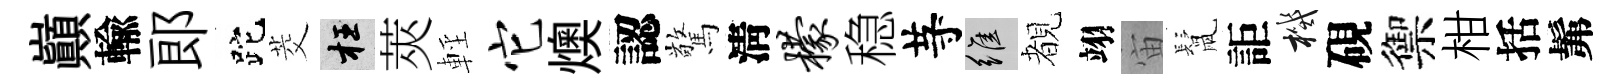
巔輸郎跎茭枉莢輕它燠認驚淸檬稳䒭維覩翊宙鬛詎機硯禦柑括髴